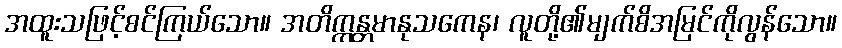
အထူးသဖြင့်စင်ကြယ်သော။ အတိက္ကန္တမာနုသကေန၊ လူတို့၏မျက်စိအမြင်ကိုလွန်သော။